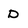
Character: D